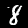
Label: 8